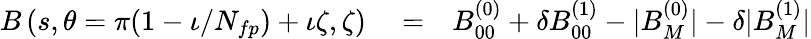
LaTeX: \begin{array}{rlr}{B\left(s,\theta=\pi(1-\iota/N_{fp})+\iota\zeta,\zeta\right)}&{{}=}&{B_{00}^{(0)}+\delta B_{00}^{(1)}-|B_{M}^{(0)}|-\delta|B_{M}^{(1)}|}\end{array}